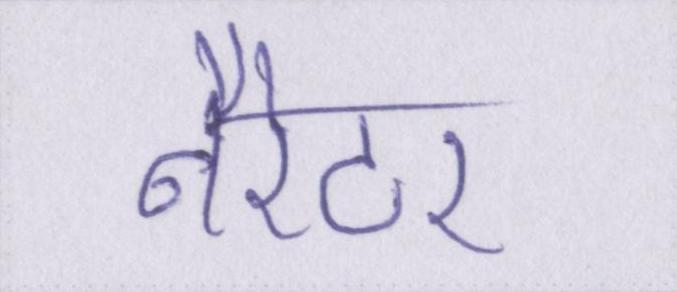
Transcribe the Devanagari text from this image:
नैरेटर